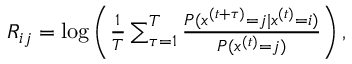
\begin{array} { r } { R _ { i j } = \log \left( \frac { 1 } { T } \sum _ { \tau = 1 } ^ { T } \frac { P ( x ^ { ( t + \tau ) } = j \vert x ^ { ( t ) } = i ) } { P ( x ^ { ( t ) } = j ) } \right) , } \end{array}